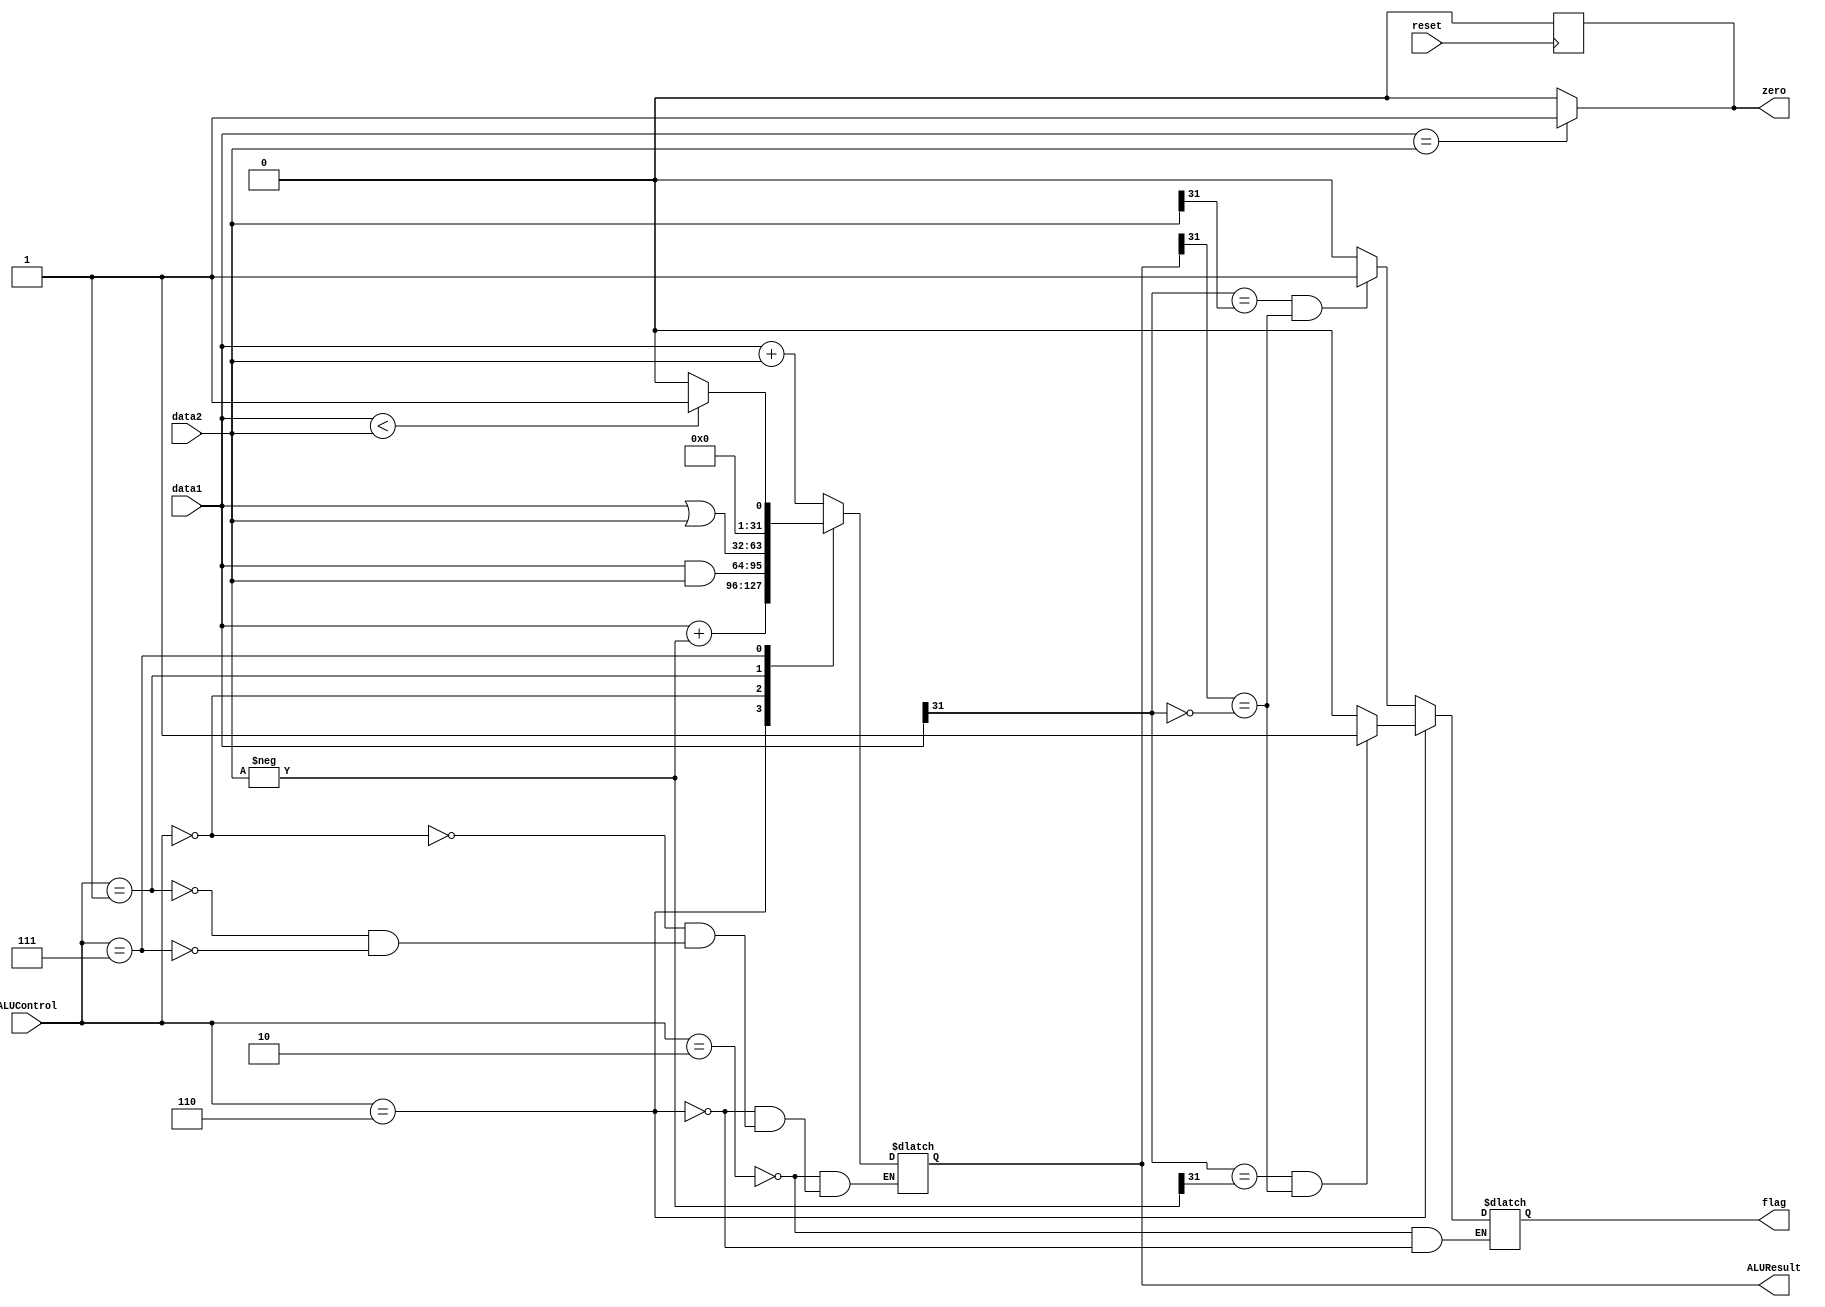
`timescale 1ns / 1ps
//////////////////////////////////////////////////////////////////////////////////
// Company: 
// Engineer: 
// 
// Design Name: 
// Module Name: alu
// Project Name: 
// Target Devices: 
// Tool Versions: 
// Description: 
// 
// Dependencies: 
// 
// Revision:
// Revision 0.01 - File Created
// Additional Comments:
// 
//////////////////////////////////////////////////////////////////////////////////


module alu(data1, data2, ALUControl, flag, zero, ALUResult, reset);

input wire reset;
input wire [31:0] data1,data2;
input wire [2:0] ALUControl;
output reg flag, zero;
output reg [31:0] ALUResult;

wire [31:0] neg_data2;
assign neg_data2 = -data2;

parameter ADD = 3'b010;
parameter SUB = 3'b110;
parameter AND = 3'b000;
parameter OR = 3'b001;
parameter LESS = 3'b111;
always @(posedge reset) zero <= 1'b0;
always @(ALUControl, data1, data2)
begin
if(data1 == data2)
zero <= 1'b1;
else
zero <= 1'b0;
case(ALUControl)

ADD: 
begin	
ALUResult <= data1 + data2;
if(data1[31] == data2[31] && ALUResult[31] == ~data1[31])
flag <= 1'b1;
else
flag <= 1'b0;
end

SUB:
begin
ALUResult <= data1 + neg_data2;
if(data1[31] == neg_data2[31] && ALUResult[31] == ~data1[31])
flag <= 1'b1;
else
flag <= 1'b0;
end
	
AND:
ALUResult <= data1 & data2;

OR:
	ALUResult <= data1 | data2;
	
LESS:
begin
if(data1 < data2)
ALUResult <= 1;
else
ALUResult <= 0;
end
endcase
end

endmodule